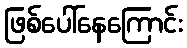
ဖြစ်ပေါ်နေကြောင်း